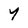
Character: y